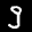
Label: 9